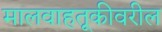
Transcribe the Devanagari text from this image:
मालवाहतूकीवरील